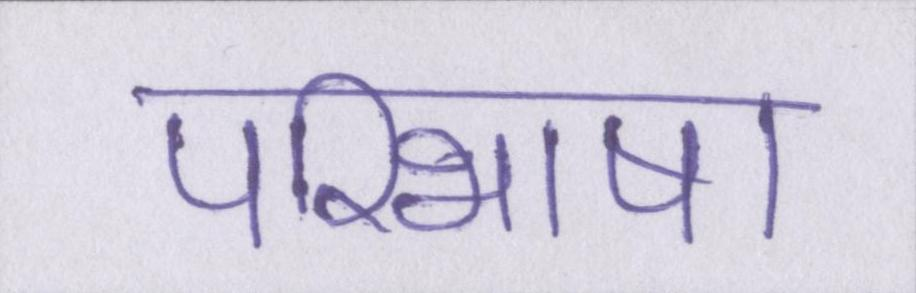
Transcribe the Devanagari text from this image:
परिभाषा